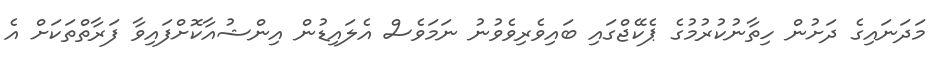
މަދަނައިގެ ދަށުން ހިތާނުކުރުމުގެ ޕެކޭޖްގައި ބައިވެރިވެވުނު ނަމަވެސް އެލައިޑުން އިންޝުއާކޮށްފައިވާ ފަރާތްތަކަށް އެ